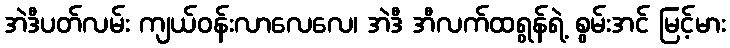
အဲဒီပတ်လမ်း ကျယ်ဝန်းလာလေလေ၊ အဲဒီ အီလက်ထရွန်ရဲ့ စွမ်းအင် မြင့်မား